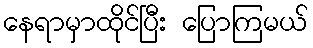
နေရာမှာထိုင်ပြီး ပြောကြမယ်